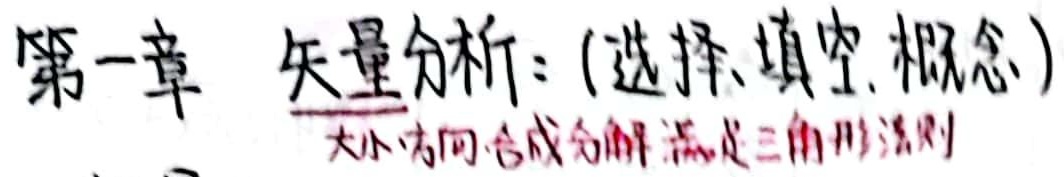
第一章 矢量分析：(选择、填空、概念)
大小方向合成分解满足三角形法则